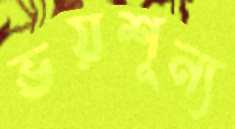
ভয়শূন্য